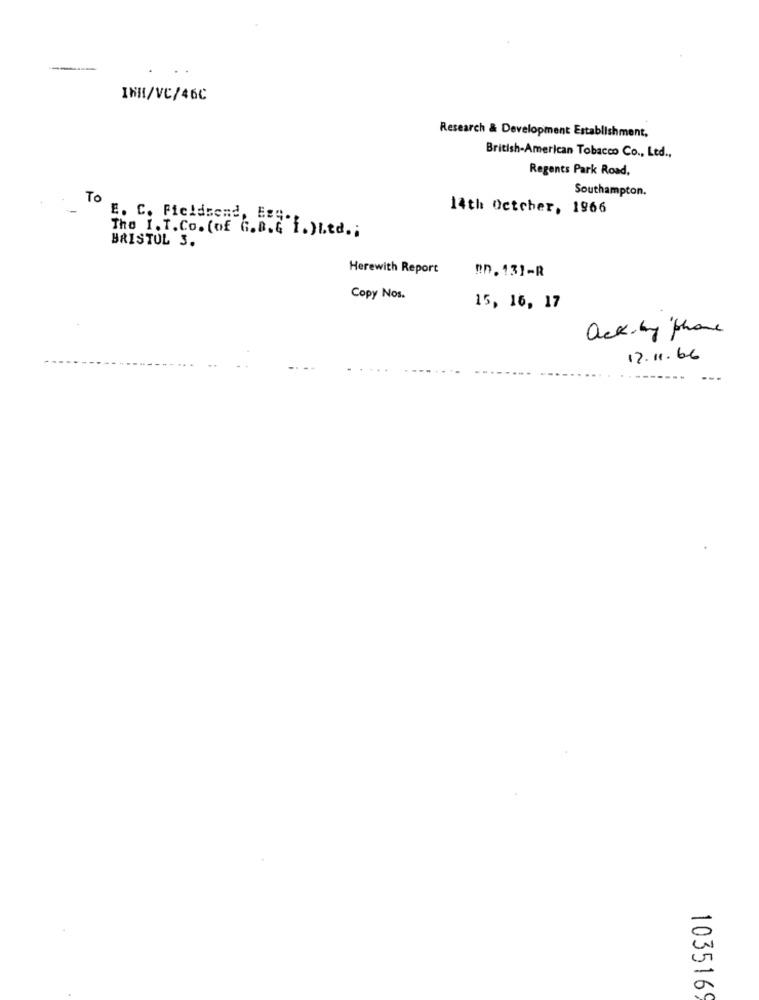
INHI/VC/46C
Research & Development Establishment,
British-American Tobacco Co ., Ltd .,
Regents Park Road,
Southampton.
To
14th Octcher, 1966
E. C. Ficiasend, Egy.
The I. T. Co. (of 6.B.6 1. )Ltd .;
BRISTOL 3.
Herewith Report
"n.131-R
Copy Nos.
15, 16, 17
ack by phone
12.11.66
1035169